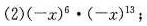
(2)$$( - x ) ^ { 6 } \cdot ( - x ) ^ { 1 3 }$$；